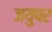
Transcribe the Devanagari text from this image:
जयुपर